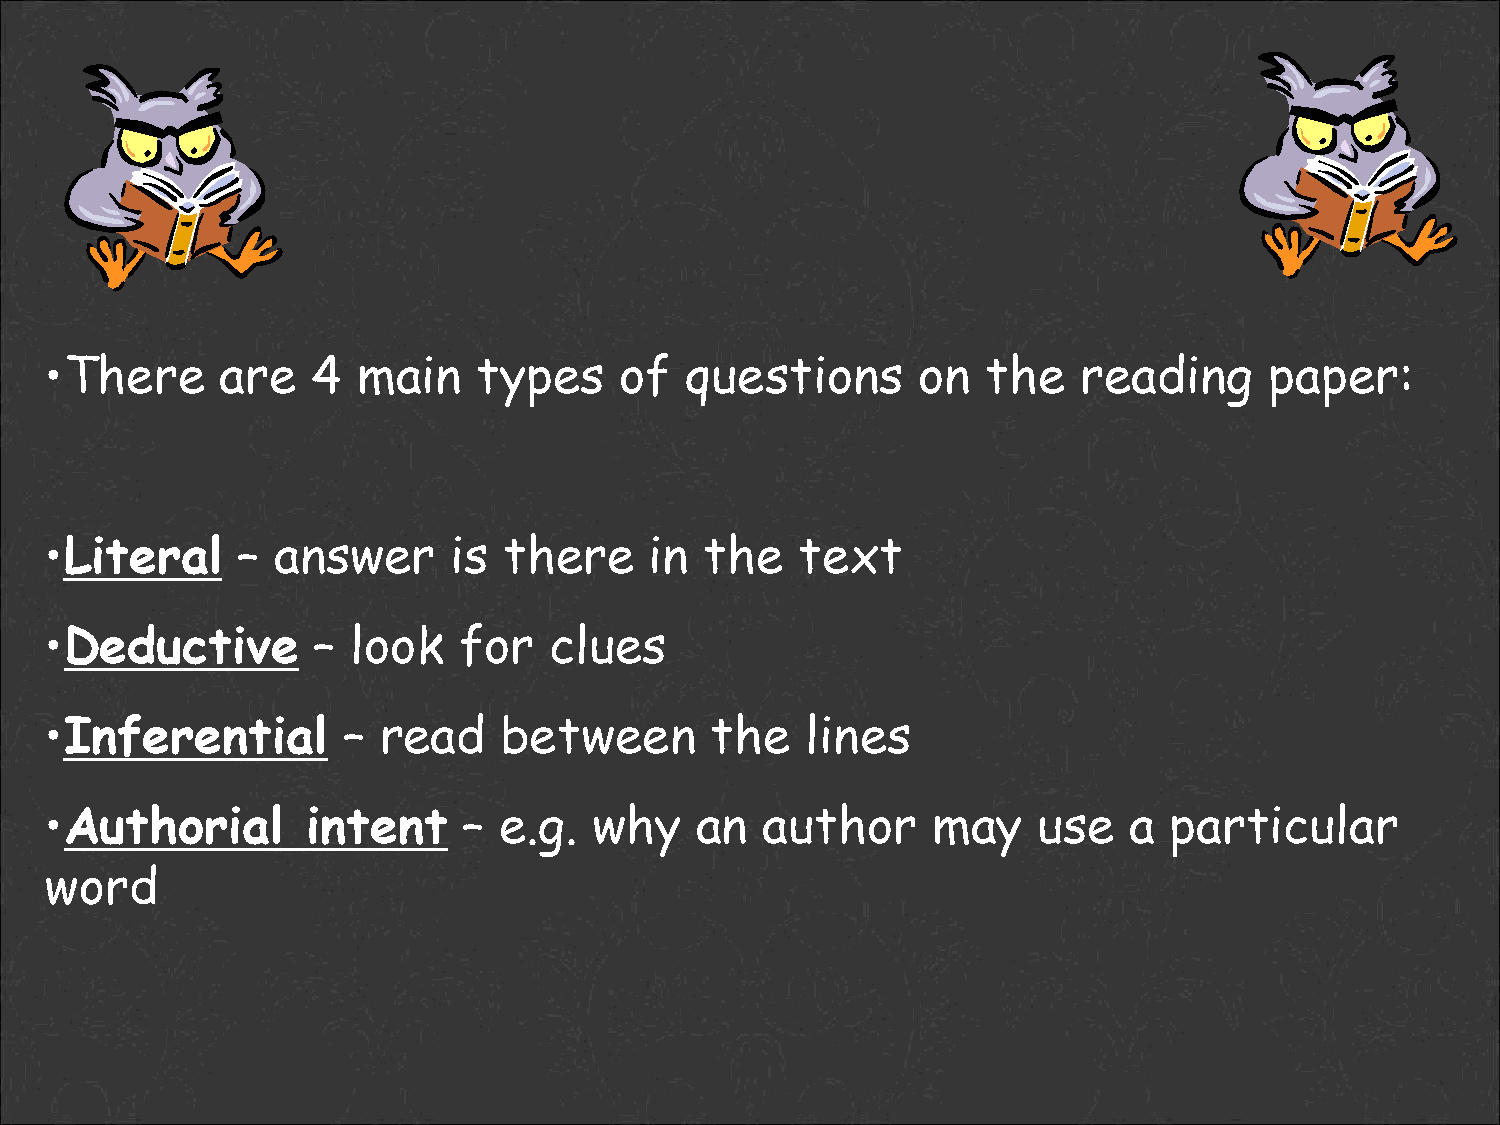
•There      are   4  main    types    of  questions       on  the    reading     paper:
 •Literal     – answer      is there     in  the   text
 •Deductive        – look   for   clues
 •Inferential        – read    between       the   lines
 •Authorial       intent     – e.g.  why    an   author     may    use   a particular
 word